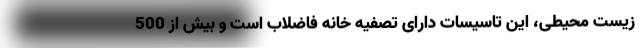
زیست محیطی، این تاسیسات دارای تصفیه‌ خانه فاضلاب است و بیش از 500